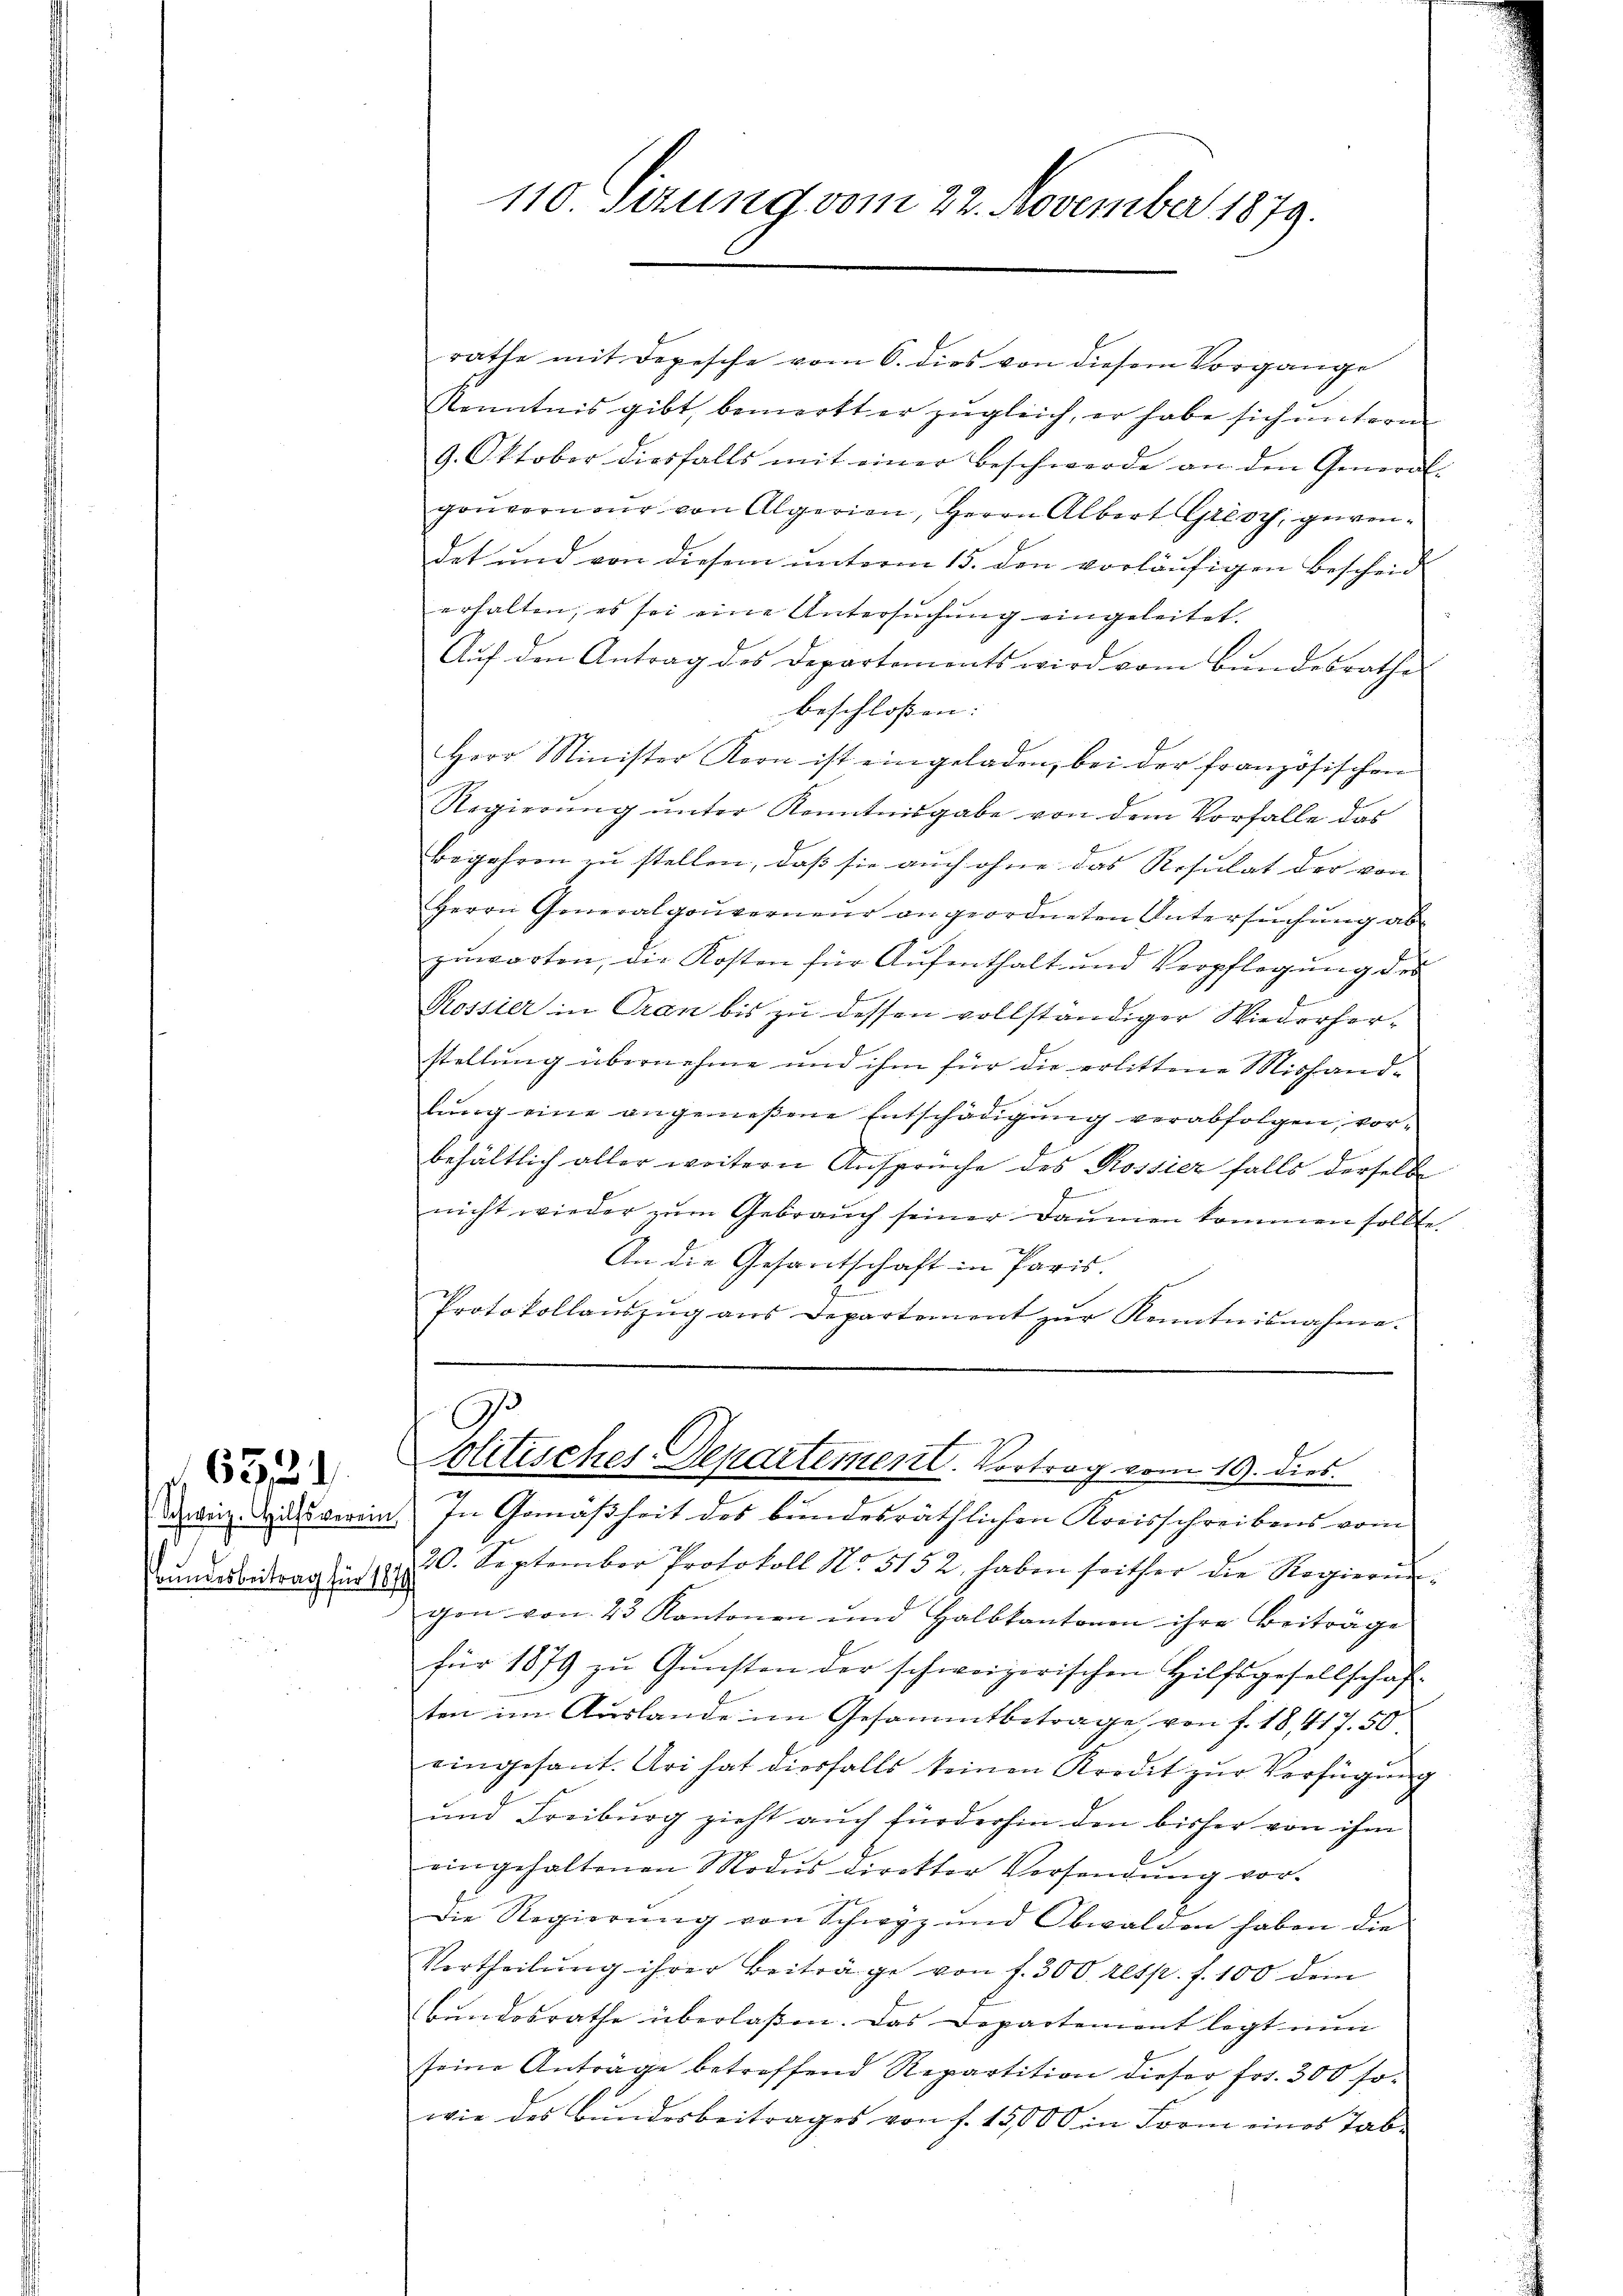
Schweiz. Hilfsverein
Bundesbeitrag für 1874

6534.

110. Setzung vom 22. November 1879.

rathe mit Depesche vom 6. dies von diesem Vorgange
Kenntnis gibt, bemerkt er zugleich, er habe sich untern
9. Oktober diesfalls mit einer beschwerde an den General
gouverneur von Algerien, Herrn Albert Grese, gewendet und von diesem unterm 15. den vorläufigen Bescheid
erhalten, es sei eine Untersuchung eingeleitet.
Auf den Antrag des Departements wird vom Bundesrathe
beschlossen:
Herr Minister Koon ist eingeladen, bei der französischen
Regierŭng ŭnter Kenntnisgabe von dem Vorfalle das
begehren zu stellen, daß sie auch ohne das Resulat der von
Herrn Generalgouverneur angeordneten Untersŭchŭng ab
zŭwarten, die Kosten für Aufenthalt und Verpflegung des
Rossier in Oran bis zu dessen vollständiger Wiederherstellung übernehme und ihm für die erlittene Mishand-
lung eine angemeßene Entschädigung verabfolgen, vorbehältlich aller weitern Anspruche des Rossier falls derselbe
b
nicht wieder zum Gebrauch seiner Daumen kommen sollte.
An die Gesantschaft in Paris.
fun
Protokollaŭszŭg ans Departement zŭr Kenntnisnahme.
politisches-Departement. Vortrag vom 19. dies
In Gemäßheit des bundesräthlichen Kreisschreibens vom
20. September Protokoll No. 5152 haben seither die Regierungen von 23 Kantonen und Halbkantonen ihre Beitrage
für 1879 zŭ Gŭnsten der schweizerischen Hilfsgesellschaf-
ten im Auslande im Gesammtbetrage von f. 18, 417. 50.
eingesant. Uri hat diesfalls keinen Kredit zur Verfügung
und Freiburg zieht auch fürderhin den bisher von ihm
eingehaltenen Modus direkter Versendung vor-
Die Regierung von Schwyz und Obwalden haben die
Vertheilŭng ihrer Beiträge von f. 300 resp. f. 100 dem
Bundesrathe überlassen. Das Departement legt nun
seine Antrage betreffend Repartition dieser frs. 300 sowie des Bundesbeitrages von f. 15,000 in Form eines Tab-